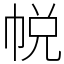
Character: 帨